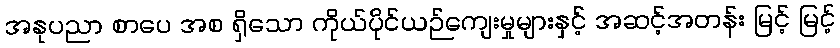
အနုပညာ စာပေ အစ ရှိသော ကိုယ်ပိုင်ယဉ်ကျေးမှုများနှင့် အဆင့်အတန်း မြင့် မြင့်